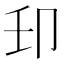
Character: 𫧺